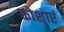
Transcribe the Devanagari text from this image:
कोशाएं